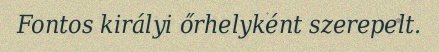
Fontos királyi őrhelyként szerepelt.